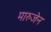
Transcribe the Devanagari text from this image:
मारुजेन